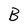
Character: B